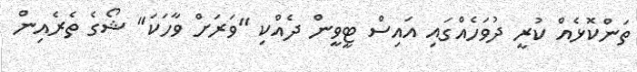
ތަންކޮޅެއް ކުރީ ދުވަހެއްގައި އައިސް ޓީވީން ދެއްކި "ވަރަށް ވާހަކަ" ޝޯގެ ތެރެއިން